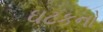
ઘટકનો